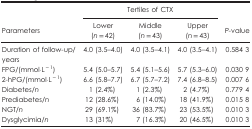
<table><thead><tr><td><b> </b></td><td colspan="3"><b>Tertiles of CTX</b></td><td><b> </b></td></tr><tr><td><b>Parameters</b></td><td><b>Lower (<i>n</i>=42)</b></td><td><b>Middle (<i>n</i>=43)</b></td><td><b>Upper (<i>n</i>=43)</b></td><td><b><i>P-</i>value</b></td></tr></thead><tbody><tr><td>Duration of follow-up/years</td><td>4.0 (3.5–4.0)</td><td>4.0 (3.5–4.1)</td><td>4.0 (3.5–4.1)</td><td>0.584 3</td></tr><tr><td>FPG/(mmol·L<sup>−1</sup>)</td><td>5.4 (5.0–5.7)</td><td>5.4 (5.1–5.6)</td><td>5.7 (5.3–6.0)</td><td>0.030 9</td></tr><tr><td>2-hPG/(mmol·L<sup>−1</sup>)</td><td>6.6 (5.8–7.7)</td><td>6.7 (5.7–7.2)</td><td>7.4 (6.8–8.5)</td><td>0.007 6</td></tr><tr><td>Diabetes/<i>n</i></td><td>1 (2.4%)</td><td>1 (2.3%)</td><td>2 (4.7%)</td><td>0.779 4</td></tr><tr><td>Prediabetes/<i>n</i></td><td>12 (28.6%)</td><td>6 (14.0%)</td><td>18 (41.9%)</td><td>0.015 8</td></tr><tr><td>NGT/<i>n</i></td><td>29 (69.1%)</td><td>36 (83.7%)</td><td>23 (53.5%)</td><td>0.010 3</td></tr><tr><td>Dysglycimia/<i>n</i></td><td>13 (31%)</td><td>7 (16.3%)</td><td>20 (46.5%)</td><td>0.010 3</td></tr></tbody></table>